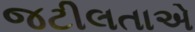
જટીલતાએ